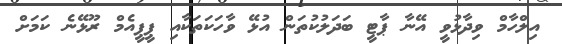
އިލްހާމް ވިދާޅުވީ އޭނާ ޕާޓީ ބަދަލުކުތަން އުޅޭ ވާހަކަތަކާއި ޕީޕީއެމް ރޫޅޭނެ ކަމަށް